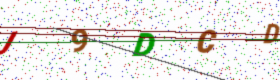
Text: J9DCD